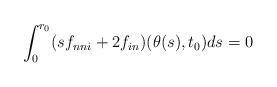
LaTeX: \begin{align*}\int_0^{r_0}(sf_{nni}+2f_{in})(\theta(s),t_0)ds=0\end{align*}